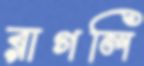
রাগলি